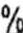
%